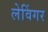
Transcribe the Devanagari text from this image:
लेविंगर